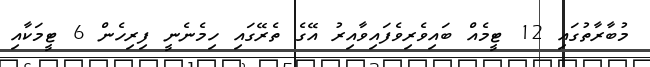
މުބާރާތުގައި 12 ޓީމެއް ބައިވެރިވެފައިވާއިރު އޭގެ ތެރޭގައި ހިމެނެނީ ފިރިހެން 6 ޓީމަކާއި